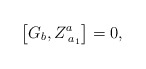
\begin{align*}\left[ G_b,Z_{\;a_1}^a\right] =0,\end{align*}